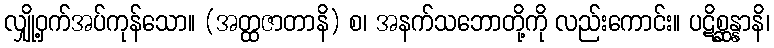
လျှို့ဝှက်အပ်ကုန်သော။ (အတ္ထဇာတာနိ) စ၊ အနက်သဘောတို့ကို လည်းကောင်း။ ပဋိစ္ဆန္နာနိ၊